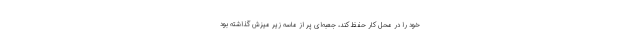
خود را در محل کار حفظ کند، جعبه‌ای پر از ماسه زیر میزش گذاشته بود